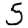
Digit: 5